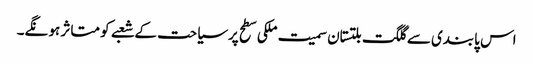
اس پابندی سے گلگت بلتستان سمیت ملکی سطح پرسیاحت کے شعبے کو متاثر ہو نگے۔